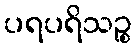
ပရပရိသဉ္စ